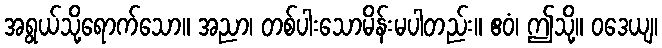
အရွယ်သို့ရောက်သော။ အညာ၊ တစ်ပါးသောမိန်းမပါတည်း။ ဧဝံ၊ ဤသို့။ ဝဒေယျ၊